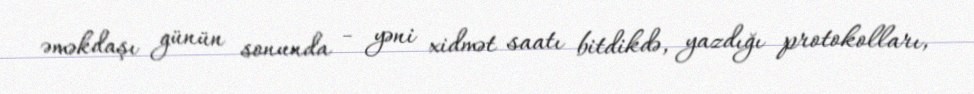
əməkdaşı günün sonunda - yəni xidmət saatı bitdikdə, yazdığı protokolları,